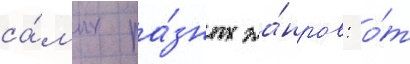
са́мых ра́зных жа́нров: о́т